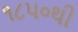
૧૮૫૦થી